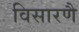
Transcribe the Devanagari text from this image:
विसारणै